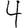
Digit: 4